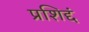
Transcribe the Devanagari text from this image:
प्रशिद्दं